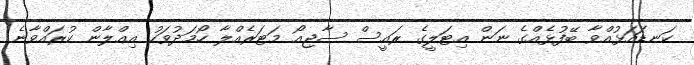
ކަނޑައަޅުއްވާ ބޭފުޅެއްގެ ނަން އިޓަލީގެ ރައީސް ސާޖިއޯ މަޓަރެއްލާ ހޯމަދުވަހު އިޢްލާން ކުރައްވާނެ